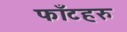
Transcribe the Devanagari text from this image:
फाँटहरु